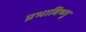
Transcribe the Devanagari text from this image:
प्रभाविष्णु